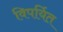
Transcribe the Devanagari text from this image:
विपर्यित